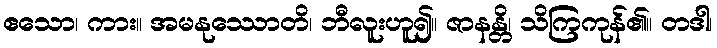
ဧသော၊ ကား။ အမနုဿောတိ၊ ဘီလူးဟူ၍။ ဇာနန္တိ၊ သိကြကုန်၏။ တဒါ၊